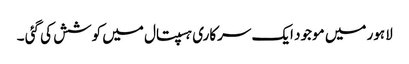
لاہور میں موجود ایک سرکاری ہسپتال میں کوشش کی گئی ۔